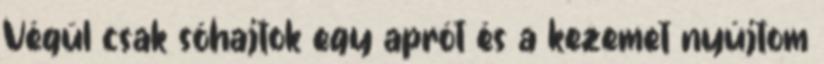
Végül csak sóhajtok egy aprót és a kezemet nyújtom